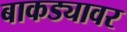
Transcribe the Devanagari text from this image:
बाकड्यावर